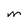
Character: M